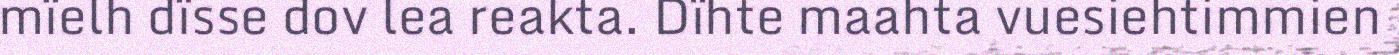
mïelh dïsse dov lea reakta. Dïhte maahta vuesiehtimmien